Document type: Sale
Year: 1423
Scribe: Joan Franc
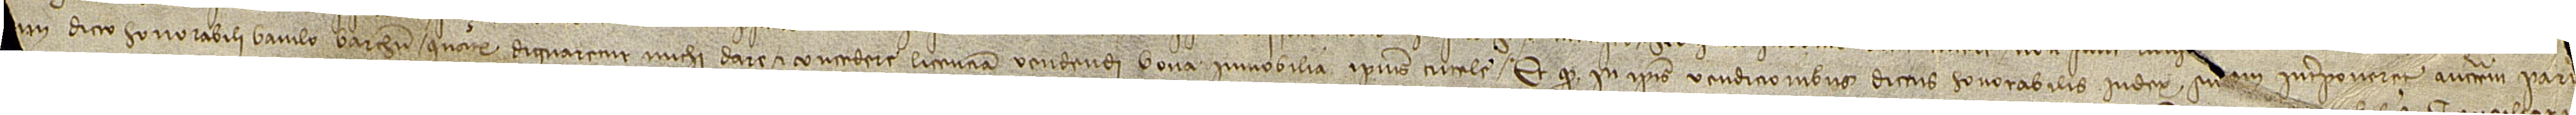
[...] [...]m dicto honorabili baiulo Barchinone quatenus dignaremur michi dare et concedere licenciam vendendi bona immobilia ipsius tutele; et quod in ipsis vendicionibus dictus honorabilis iudex suam interponeret auctoritatem pari[ter et decretum] [...] [...]